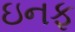
ઇનફ